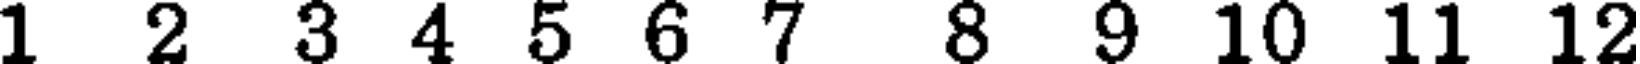
1 2 3 4 5 6 7 8 9 10 11 12